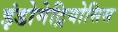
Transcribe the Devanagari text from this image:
इंडोमेट्रियोसिस